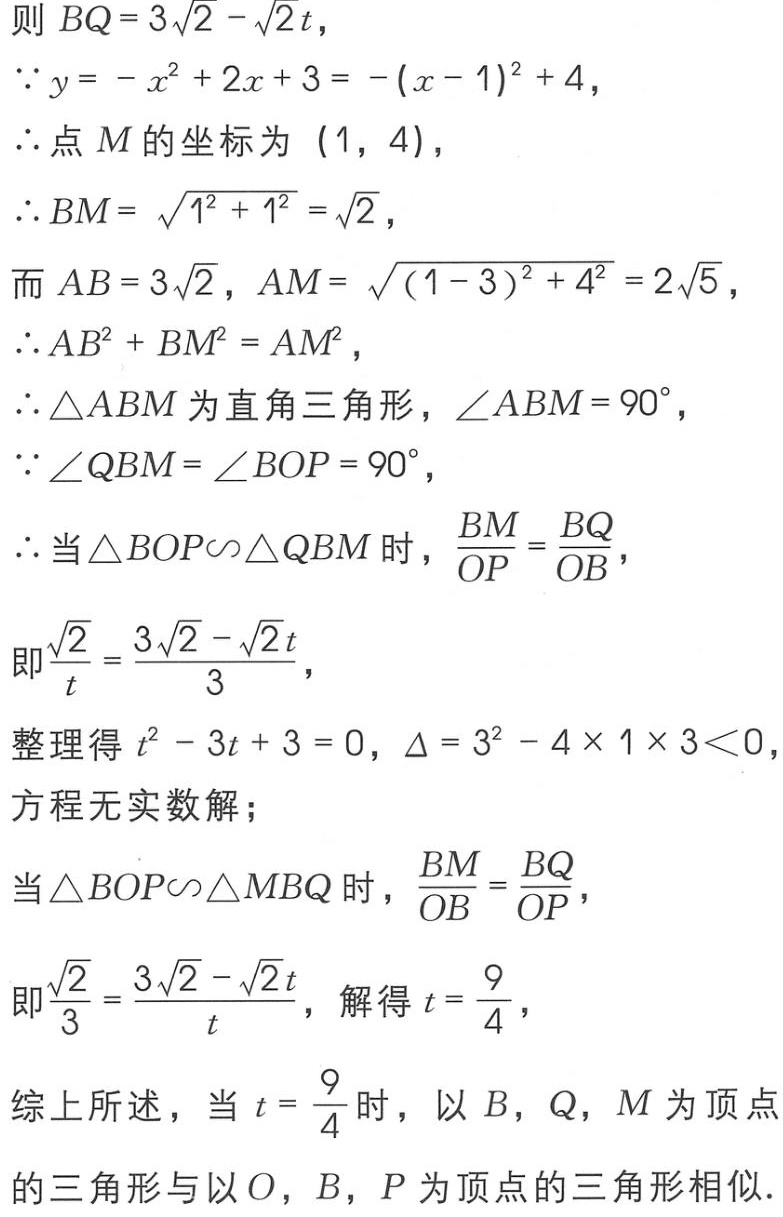
则 \(BQ = 3\sqrt{2}-\sqrt{2}t\)，
\(\because y=-x^{2}+2x + 3=-(x - 1)^{2}+4\)，
\(\therefore\)点 \(M\) 的坐标为 \((1,4)\)，
\(\therefore BM=\sqrt{1^{2}+1^{2}}=\sqrt{2}\)，
而 \(AB = 3\sqrt{2}\)，\(AM=\sqrt{(1 - 3)^{2}+4^{2}}=2\sqrt{5}\)，
\(\therefore AB^{2}+BM^{2}=AM^{2}\)，
\(\therefore \triangle ABM\) 为直角三角形，\(\angle ABM = 90^{\circ}\)，
\(\because \angle QBM=\angle BOP = 90^{\circ}\)，
\(\therefore\)当 \(\triangle BOP\sim\triangle QBM\) 时，\(\frac{BM}{OP}=\frac{BQ}{OB}\)，
即 \(\frac{\sqrt{2}}{t}=\frac{3\sqrt{2}-\sqrt{2}t}{3}\)，
整理得 \(t^{2}-3t + 3 = 0\)，\(\Delta=3^{2}-4\times1\times3\lt0\)，
方程无实数解；
当 \(\triangle BOP\sim\triangle MBQ\) 时，\(\frac{BM}{OB}=\frac{BQ}{OP}\)，
即 \(\frac{\sqrt{2}}{3}=\frac{3\sqrt{2}-\sqrt{2}t}{t}\)，解得 \(t=\frac{9}{4}\)，
综上所述，当 \(t = \frac{9}{4}\) 时，以 \(B\)，\(Q\)，\(M\) 为顶点
的三角形与以 \(O\)，\(B\)，\(P\) 为顶点的三角形相似.